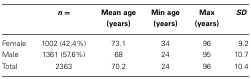
<table><thead><tr><td></td><td><b><i>n</i> =</b></td><td><b>Mean age (years)</b></td><td><b>Min age (years)</b></td><td><b>Max (years)</b></td><td><b><i>SD</i></b></td></tr></thead><tbody><tr><td>Female</td><td>1002 (42.4%)</td><td>73.1</td><td>34</td><td>96</td><td>9.2</td></tr><tr><td>Male</td><td>1361 (57.6%)</td><td>68</td><td>24</td><td>95</td><td>10.7</td></tr><tr><td>Total</td><td>2363</td><td>70.2</td><td>24</td><td>96</td><td>10.4</td></tr></tbody></table>